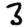
Digit: 3